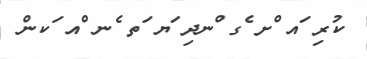
ކުރި ައ ްށ ެގ ްނދި ަޔ ަތ ެނ ްއ ަކން